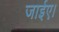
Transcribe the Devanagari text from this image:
जाईए।